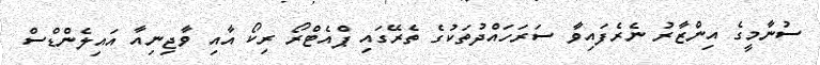
ސުނާމީގެ އިންޒާރު ނެރެފައިވާ ސަރަހައްދުތަކުގެ ތެރޭގައި ޕްއެޓްރޯ ރިކޯ އާއި ވާޖިނިއާ އައިލެންޑްސް